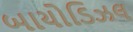
બાયોડિઝલ